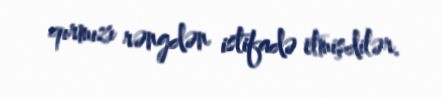
qırmızı rəngdən istifadə etmişdilər.